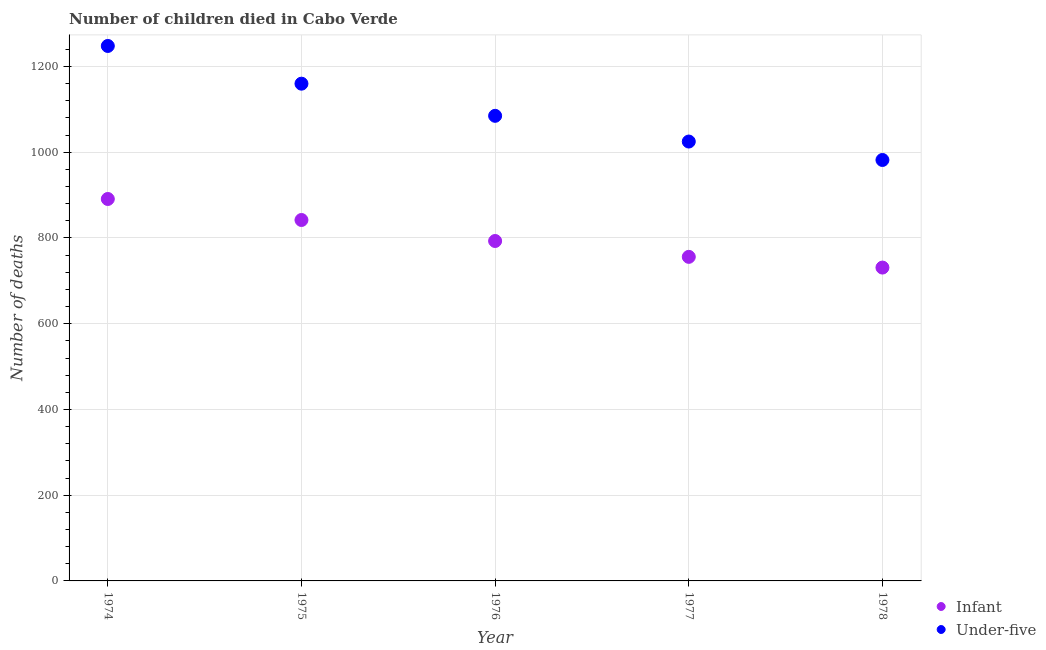
| Year | Infant | Under-five |
 | --- | --- | --- |
 | 1974 | 891 | 1.25e+03 |
 | 1975 | 842 | 1.16e+03 |
 | 1976 | 793 | 1.08e+03 |
 | 1977 | 756 | 1.02e+03 |
 | 1978 | 731 | 982 |